Civil Veterinary Dept. North-West Frontier Province 1923-32 - 1923-1932
Year: 1923
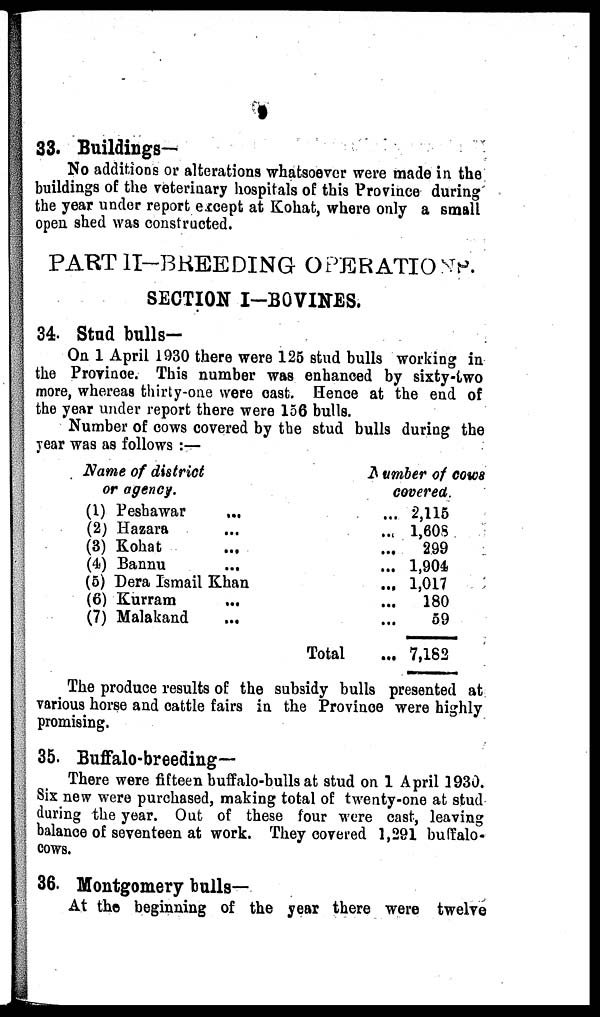
33. Buildings-
No additions or alterations whatsoever were made in the
buildings of the veterinary hospitals of this Province during
the year under report except at Kohat, where only a small
open shed was constructed.
PART II-BREEDING OPERATIONS.
SECTION I-BOVINES.
34. Stud bulls—
On 1 April 1930 there were 125 stud bulls working in
the Province. This number was enhanced by sixty-two
more, whereas thirty-one were cast. Hence at the end of
the year under report there were 156 bulls.
Number of cows covered by the stud bulls during the
year was as follows:—
Name of district
or agency.
(1) Peshawar ...
(2) Hazara ...
(3) Kohat ...
(4) Bannu ...
(5) Dera Ismail Khan ...
(6) Kurram ...
(7) Malakand ...
Number of cows
covered.
... 2,115
... 1,608
... 299
... 1,904
... 1,017
... 180
... 59
Total
... 7,182
The produce results of the subsidy bulls presented at
various horse and cattle fairs in the Province were highly
promising.
35. Buffalo-breeding—
There were fifteen buffalo-bulls at stud on 1 April 1930.
Six new were purchased, making total of twenty-one at stud
during the year. Out of these four were cast, leaving
balance of seventeen at work. They covered 1,291 buffalo-
cows.
36. Montgomery bulls—
At the beginning of the year there were twelve